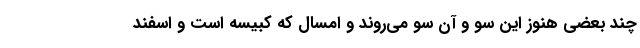
چند بعضی هنوز این سو و آن سو می‌روند و امسال که کبیسه است و اسفند